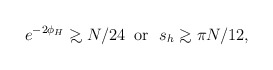
\begin{align*}e^{-2\phi_H}{\;\raise.3ex\hbox{$>$\kern-.75em\lower1ex\hbox{$\sim$}}\;}N/24\;\;\mbox{\rm or }\;s_h{\;\raise.3ex\hbox{$>$\kern-.75em\lower1ex\hbox{$\sim$}}\;}\pi N/12,\end{align*}